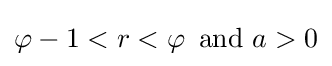
\varphi -1<r<\varphi \,{\text{ and }}a>0